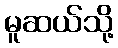
မူဆယ်သို့